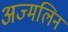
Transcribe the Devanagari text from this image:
अज्मलिन